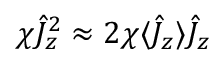
\chi \hat { J } _ { z } ^ { 2 } \approx 2 \chi \langle \hat { J } _ { z } \rangle \hat { J } _ { z }